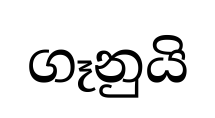
ගෑනුයි